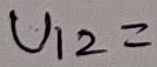
Text: U12=